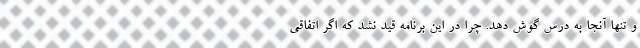
و تنها آنجا به درس گوش دهد. چرا در این برنامه قید نشد که اگر اتفاقی